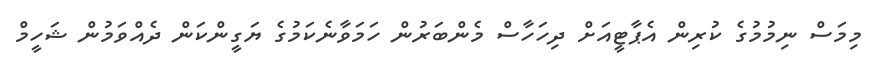
މިމަސް ނިމުމުގެ ކުރިން އެޕާޓީއަށް ދިހަހާސް މެންބަރުން ހަމަވާނެކަމުގެ ޔަގީންކަން ދެއްވަމުން ޝަހީމް